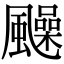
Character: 𩙈